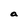
Character: a